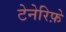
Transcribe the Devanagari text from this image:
टेनेरिफ़े